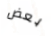
بعض